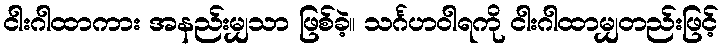
ငါးဂါထာကား အနည်းမျှသာ ဖြစ်ခဲ့။ သင်္ဂဟဝါရကို ငါးဂါထာမျှတည်းဖြင့်